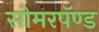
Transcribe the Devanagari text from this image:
सोमरपॅण्ड